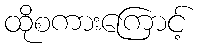
ထိုစကားကြောင့်